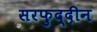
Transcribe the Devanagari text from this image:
सरफुद्दीन